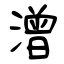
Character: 潧